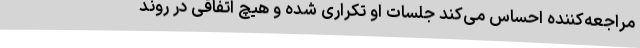
مراجعه‌کننده احساس می‌کند جلسات او تکراری شده و هیچ اتفاقی در روند